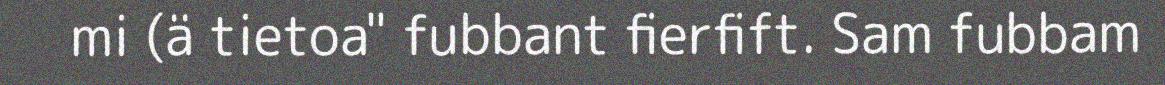
mi (ä tietoa" fubbant fierfift. Sam fubbam